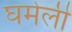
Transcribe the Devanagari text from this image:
घमेली